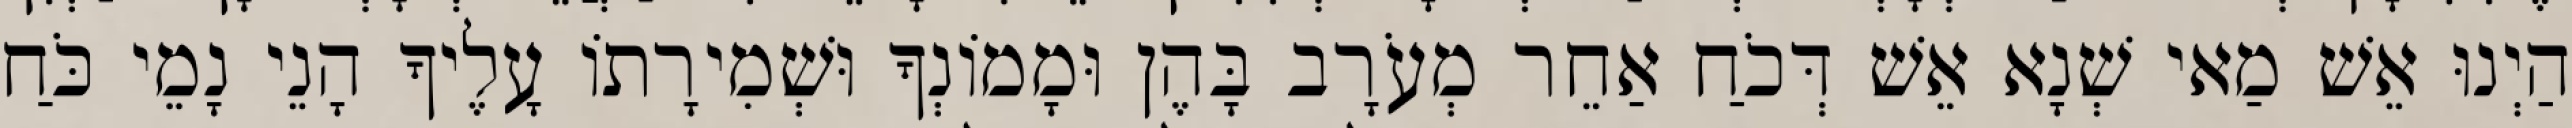
הַיְנוּ אֵשׁ מַאי שְׁנָא אֵשׁ דְּכֹחַ אַחֵר מְעֹרָב בָּהֶן וּמָמוֹנְךָ וּשְׁמִירָתוֹ עָלֶיךָ הָנֵי נָמֵי כֹּחַ